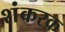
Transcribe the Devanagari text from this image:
शंकरक